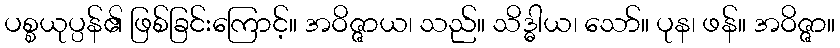
ပစ္စယုပ္ပန်၏ ဖြစ်ခြင်းကြောင့်။ အဝိဇ္ဇာယ၊ သည်။ သိဒ္ဓါယ၊ သော်။ ပုန၊ ဖန်။ အဝိဇ္ဇာ။